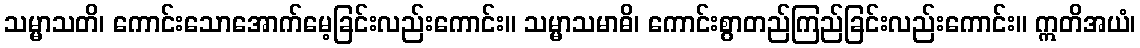
သမ္မာသတိ၊ ကောင်းသောအောက်မေ့ခြင်းလည်းကောင်း။ သမ္မာသမာဓိ၊ ကောင်းစွာတည်ကြည်ခြင်းလည်းကောင်း။ ဣတိအယံ၊